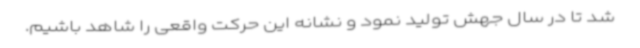
شد تا در سال جهش تولید نمود و نشانه این حرکت واقعی را شاهد باشیم.